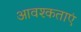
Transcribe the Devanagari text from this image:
आवश्कताएं